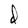
Character: d